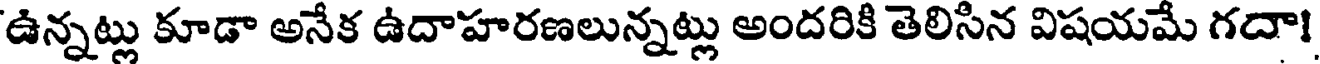
ఉన్నట్లు కూడా అనేక ఉదాహరణలున్నట్లు అందరికి తెలిసిన విషయమే గదా!